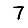
Digit: 7